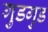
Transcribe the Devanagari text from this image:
गुडगुड